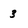
Character: 3